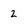
Character: 2